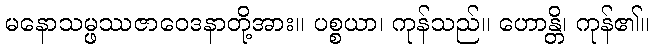
မနောသမ္ဖဿဇာဝေဒနာတို့အား။ ပစ္စယာ၊ ကုန်သည်။ ဟောန္တိ၊ ကုန်၏။